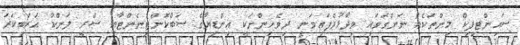
ސައިންޓިފިކް މިންތަކެއް ނަންގަވައި ވިދާޅުވެފައިވަނީ ދިވެހިންނަކީ އިންޑިޔާގެ ސަބްކޮންޓިނެންޓާއި ސްރީ ލަންކާ އަރަބިކަރަ